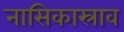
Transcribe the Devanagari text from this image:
नासिकास्राव